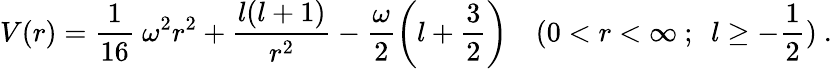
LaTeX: V(r)=\frac{1}{16}~\omega^{2}r^{2}+\frac{l(l+1)}{r^{2}}-\frac{\omega}{2}\left(l+\frac{3}{2}\right)~~~~(0<r<\infty~;~~l\ge-\frac{1}{2})~.